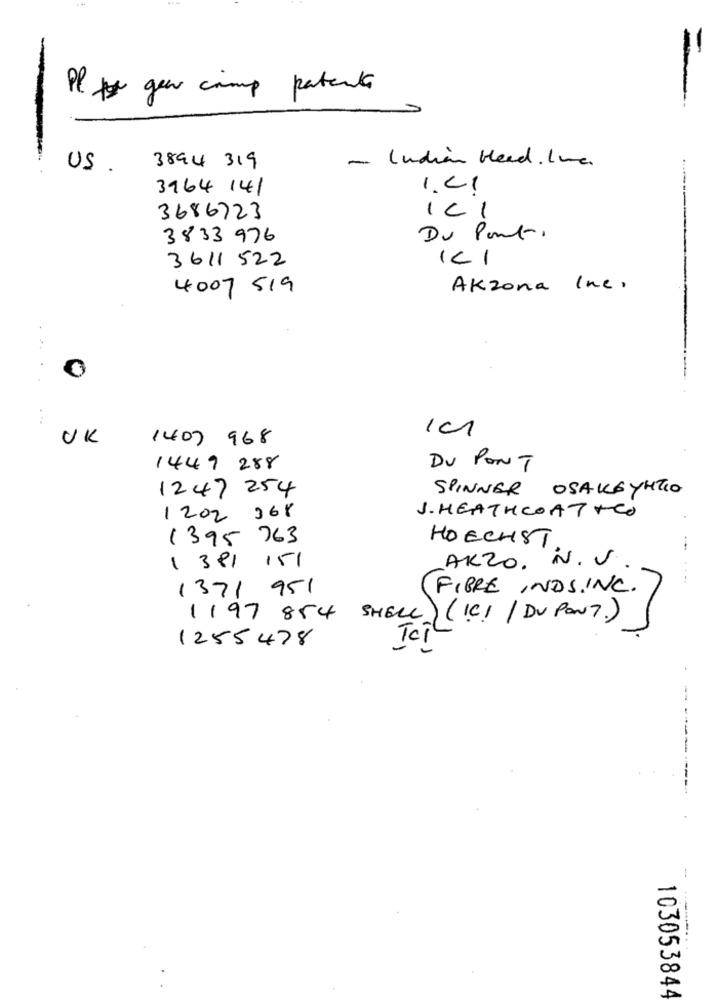
Pl geen crimp patente
=
- Indian Head . Ine.
US.
3894 319
3964 141
1.CI
3686723
ICI
3833 976
Du Pont.
3611 522
-
4007 519
Akzona Inc.
. ...
UK
1407 968
1449 288
DU PONT
1247 254
SPINNER OSAKEYHTIO
J. HEATHCOAT+CO
1202 368
1395 763
HOECHST
--
AKZO. N.V.
1 381 151
---
1371 951
FIBRE INDS.INC.
1197 854 SHELL
( IC! / DU PONT.)
1255478
Tal
-
---------
103053844